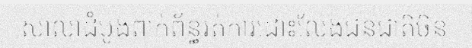
សាលាដំបូងពាក់ព័ន្ធរត់ការដោះលែងជនជាតិចិន